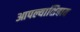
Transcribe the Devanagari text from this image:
आपल्याशिवाय